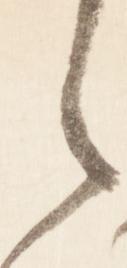
之